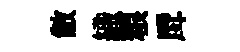
敝織粮戽